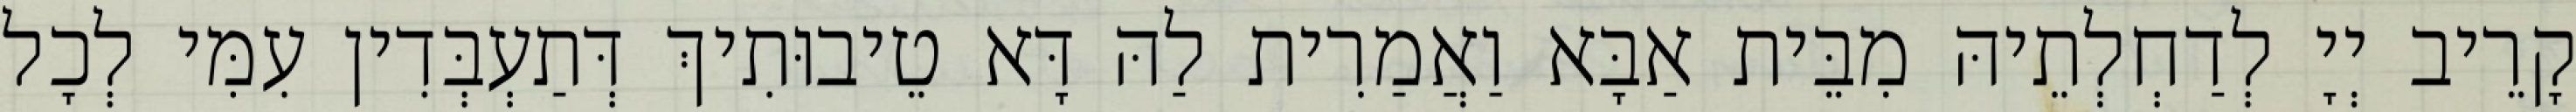
קָרֵיב יְיָ לְדַחְלְתֵיהּ מִבֵּית אַבָּא וַאֲמַרִית לַהּ דָּא טֵיבוּתִיךְ דְּתַעְבְּדִין עִמִּי לְכָל